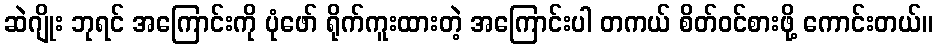
ဆဲဂျိုး ဘုရင် အကြောင်းကို ပုံဖော် ရိုက်ကူးထားတဲ့ အကြောင်းပါ တကယ် စိတ်ဝင်စားဖို့ ကောင်းတယ်။